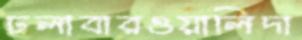
ঢলাবারওয়ালিদা